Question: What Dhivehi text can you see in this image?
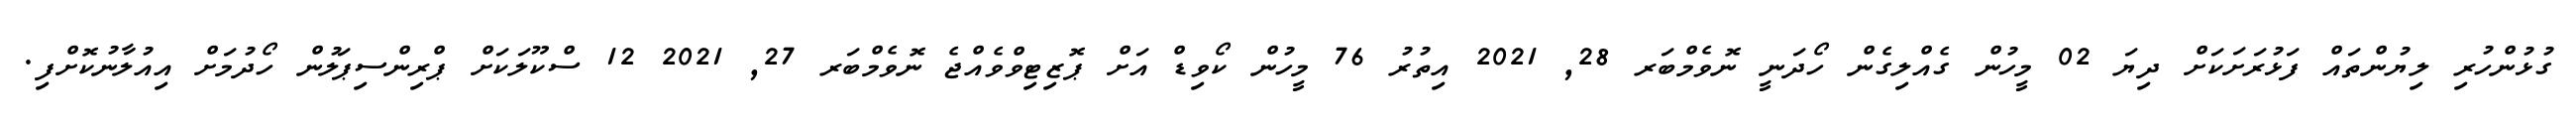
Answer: ގުޅުންހުރި ލިޔުންތައް ފަޅުރަށަކަށް ދިޔަ 02 މީހުން ގެއްލިގެން ހޯދަނީ ނޮވެމްބަރ 28, 2021 އިތުރު 76 މީހުން ކޯވިޑް އަށް ޕޮޒިޓިވްވެއްޖެ ނޮވެމްބަރ 27, 2021 12 ސްކޫލަކަށް ޕްރިންސިޕަލުން ހޯދުމަށް އިއުލާނުކޮށްފި.